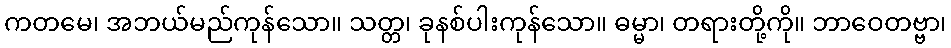
ကတမေ၊ အဘယ်မည်ကုန်သော။ သတ္တ၊ ခုနစ်ပါးကုန်သော။ ဓမ္မာ၊ တရားတို့ကို။ ဘာဝေတဗ္ဗာ၊